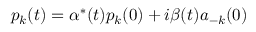
p _ { k } ( t ) = \alpha ^ { * } ( t ) p _ { k } ( 0 ) + i \beta ( t ) a _ { - k } ( 0 )